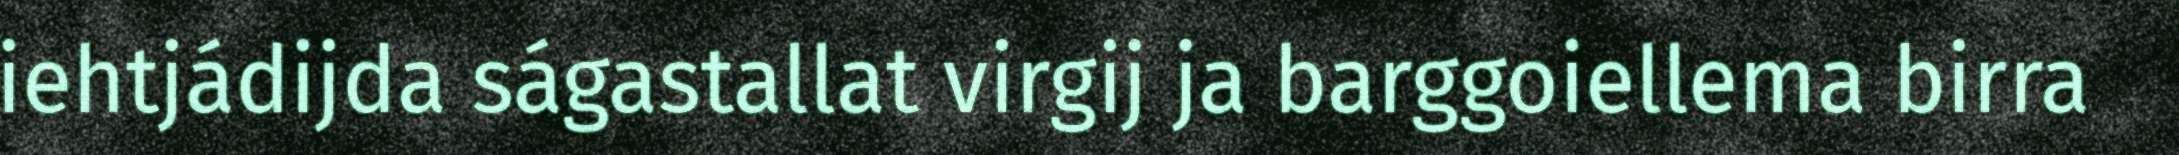
iehtjádijda ságastallat virgij ja barggoiellema birra